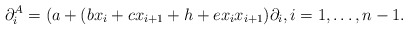
\begin{gather*}\partial_{i}^{A}= (a+(b x_i+c x_{i+1}+h+e x_i x_{i+1}) \partial_i, i=1,\ldots,n-1.\end{gather*}